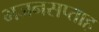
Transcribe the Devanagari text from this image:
भजनसप्‍ताह